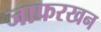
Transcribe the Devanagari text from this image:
जाफरखन